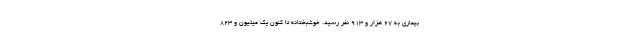
بیماری به ۶۷ هزار و ۹۱۳ نفر رسید. خوشبختانه تا کنون یک میلیون و ۸۲۳